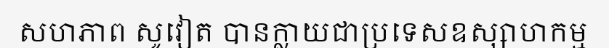
សហភាព សូវៀត បានក្លាយជាប្រទេសឧស្សាហកម្ម